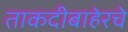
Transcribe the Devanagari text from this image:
ताकदीबाहेरचे